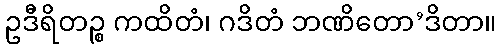
ဥဒီရိတဉ္စ ကထိတံ၊ ဂဒိတံ ဘဏိတော’ဒိတာ။